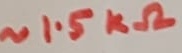
Text: ~1.5kΩ